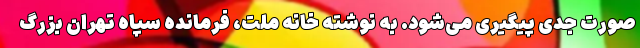
صورت جدی پیگیری می‌شود. به نوشته خانه ملت، فرمانده سپاه تهران بزرگ